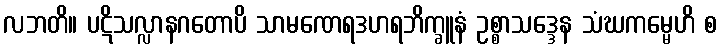
လဘတိ။ ပဋိသလ္လာနဂတောပိ သာမဏေရဒဟရဘိက္ခူနံ ဥစ္စာသဒ္ဒေန သံဃကမ္မေဟိ စ